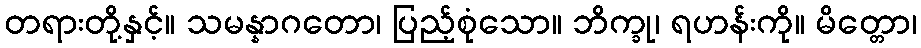
တရားတို့နှင့်။ သမန္နာဂတော၊ ပြည့်စုံသော။ ဘိက္ခု၊ ရဟန်းကို။ မိတ္တော၊